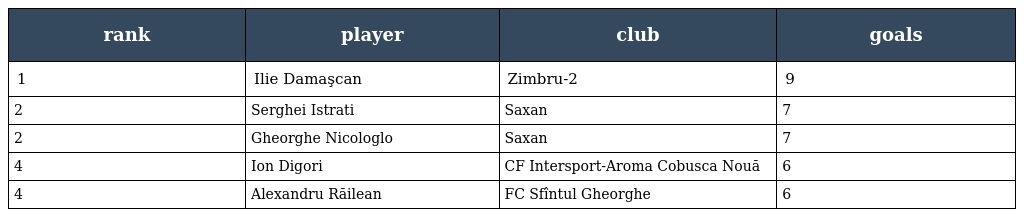
| rank | player | club | goals |
 | --- | --- | --- | --- |
 | 1 | Ilie Dаmaşcan | Zimbru-2 | 9 |
 | 2 | Serghei Istrati | Saxan | 7 |
 | 2 | Gheorghe Nicologlo | Saxan | 7 |
 | 4 | Ion Digori | CF Intersport-Aroma Cobusca Nouă | 6 |
 | 4 | Alexandru Răilean | FC Sfîntul Gheorghe | 6 |